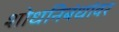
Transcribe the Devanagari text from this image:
शोधनिबंधांवर